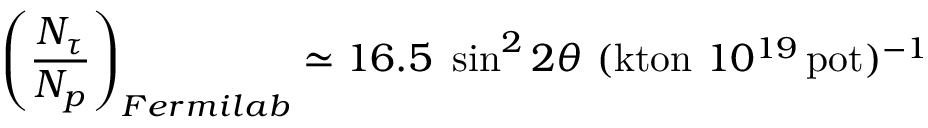
\left( { \frac { N _ { \tau } } { N _ { p } } } \right) _ { F e r m i l a b } \simeq 1 6 . 5 ~ \sin ^ { 2 } 2 \theta ~ ( \mathrm { k t o n } ~ 1 0 ^ { 1 9 } \, \mathrm { p o t } ) ^ { - 1 }